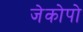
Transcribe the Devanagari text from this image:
जेकोपो